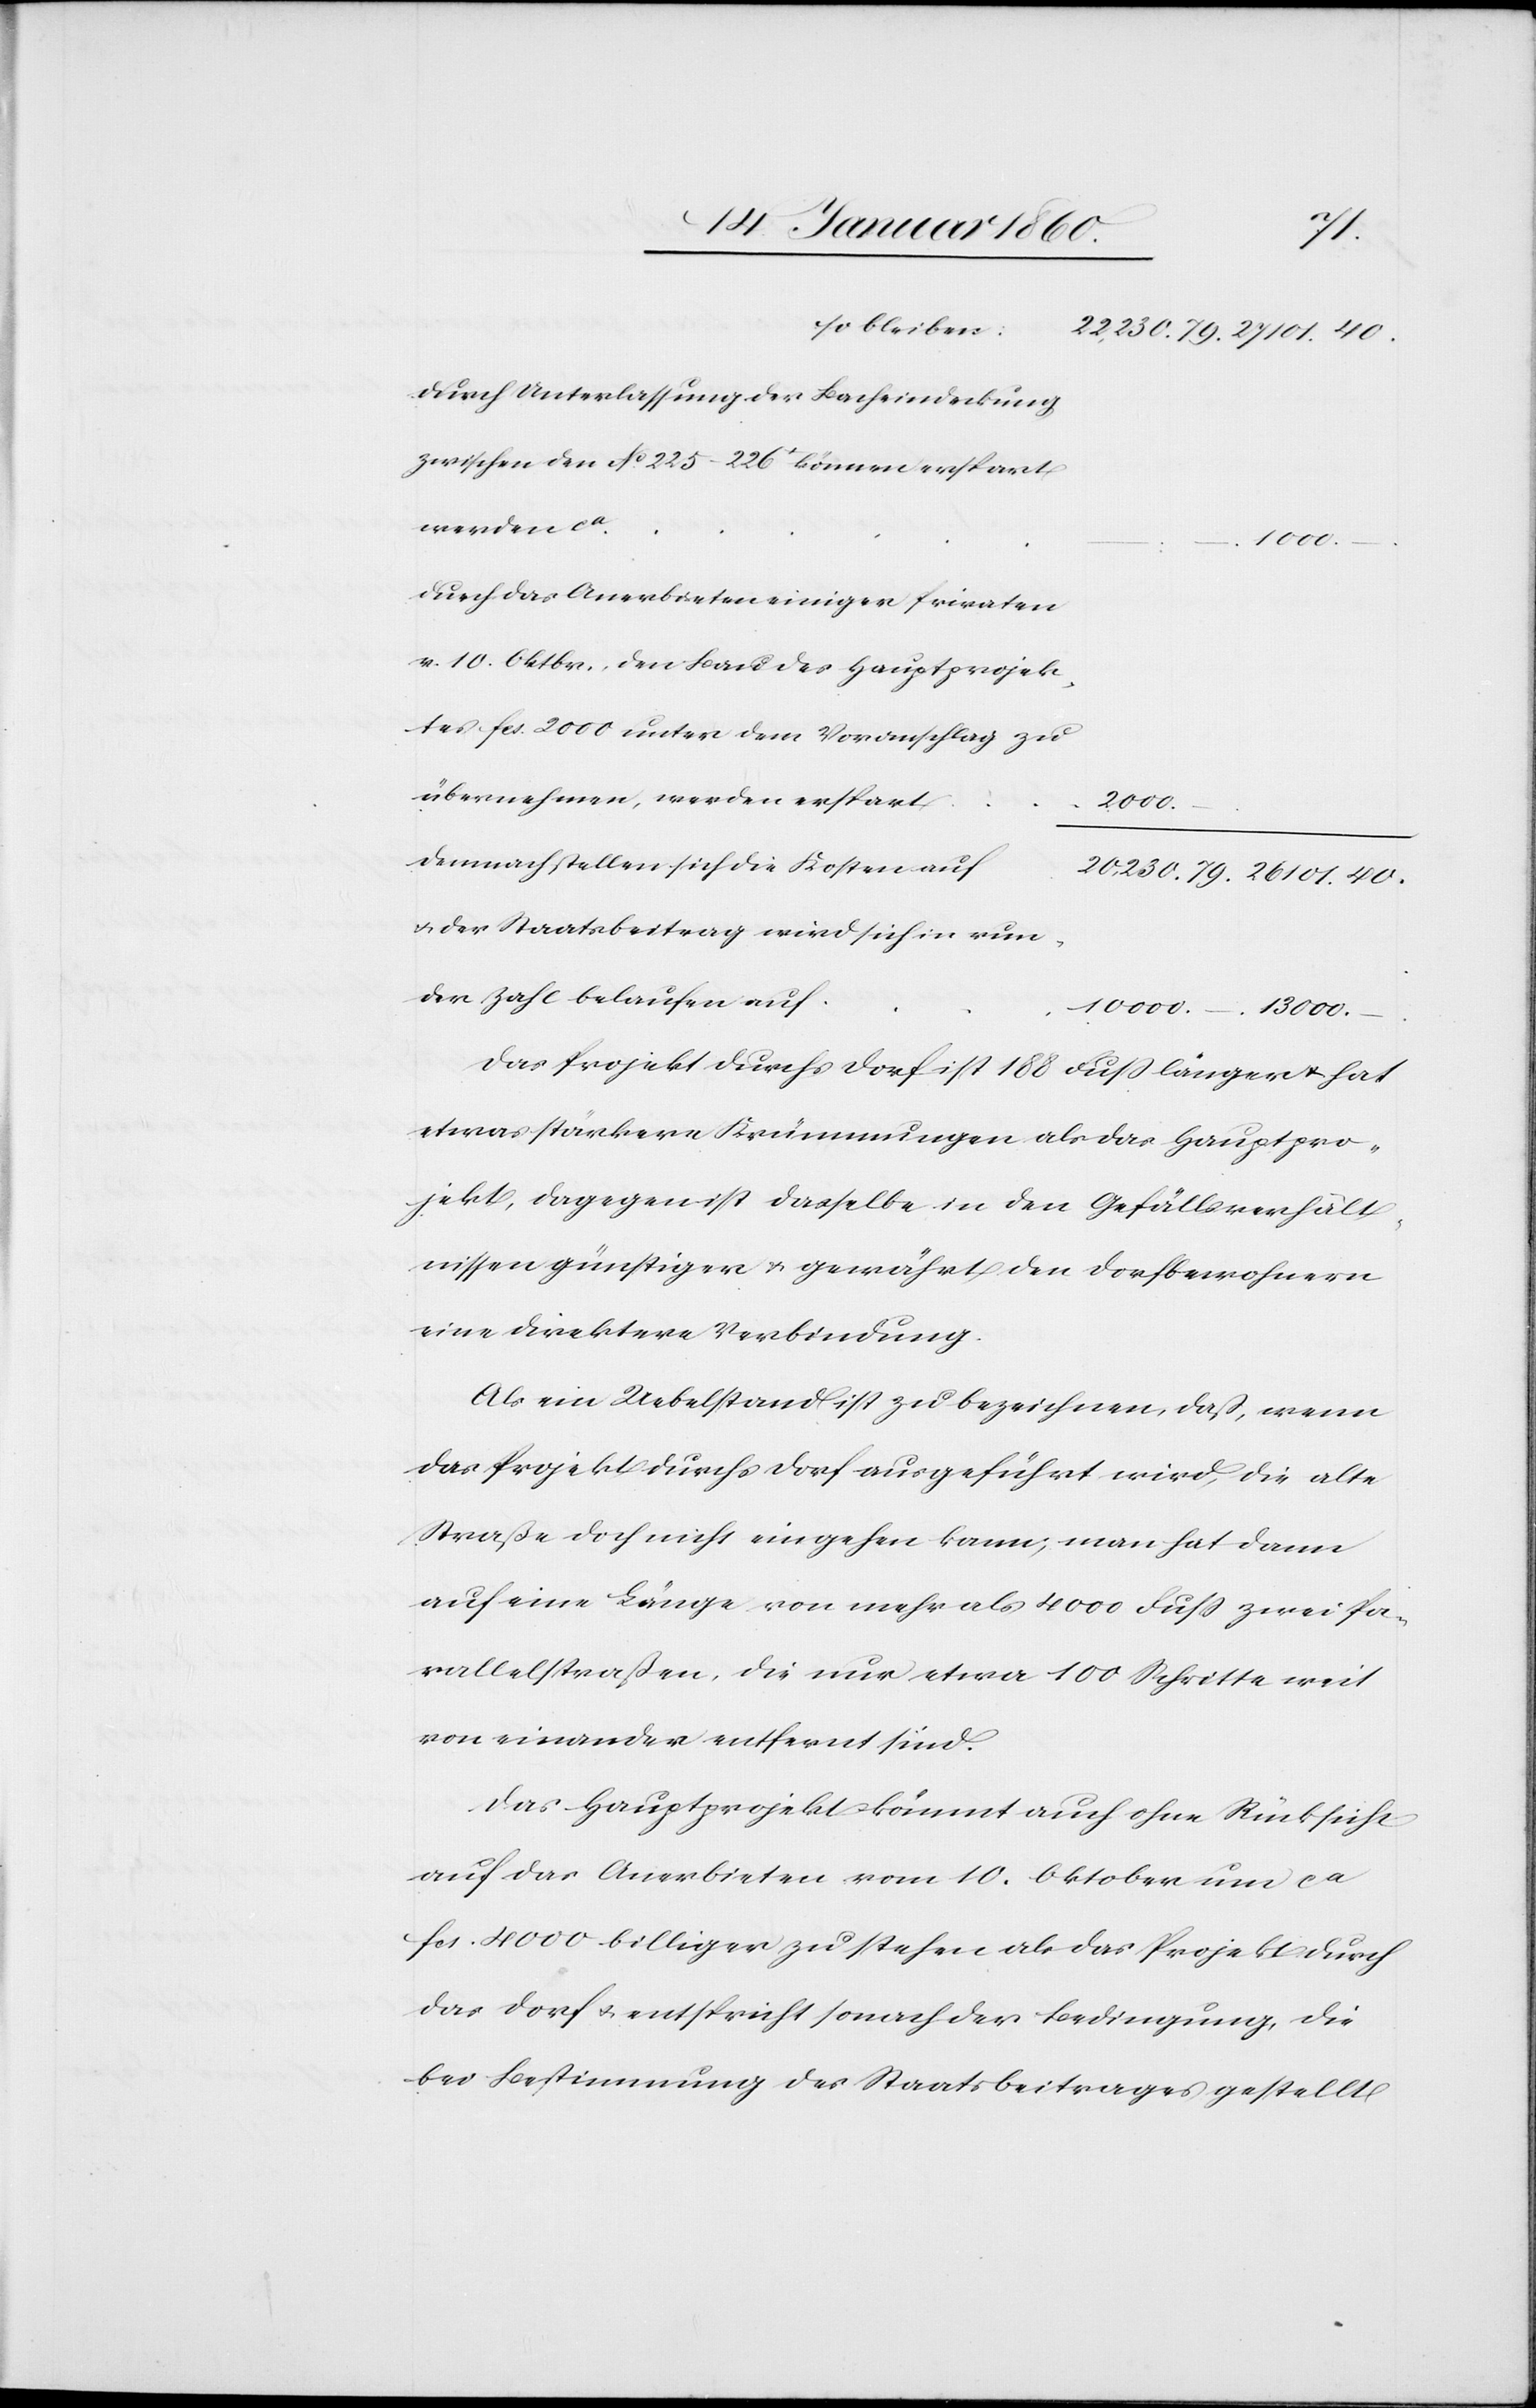
40.
so bleiben
durch Unterlassung der Bacheindeckung
zwischen den No 225–226 können erspart
werden ca
13 000.
Auch das Anerbieten einiger Privaten
v. 10. Oktbr. den Bau des Hauptprojek¬
tes fcs. 2000. unter dem Voranschlag zu
übernehmen, werden erspart
2000.
demnach stellen sich die Kosten auf
u. der Staatsbeitrag wird sich in run¬
der Zahl belaufen auf
Das Projekt durchs Dorf ist 188 Fuß länger u. hat
etwas stärkere Krümmungen als das Hauptpro¬
jekt, dagegen ist dasselbe in den Gefällsverhält¬
nissen günstiger u. gewährt den Dorfbewohnern
eine direktere Verbindung.
Als ein Uebelstand ist zu bezeichnen, daß, wenn
das Projekt durchs Dorf ausgeführt wird, die alte
Straße doch nicht eingehen kann; man hat dann
auf eine Länge von mehr als 4000 Fuß zwei Pa¬
rallelstraßen, die nur etwa 100 Schritte weit
von einander entfernt sind.
Das Hauptprojekt kömmt auch ohne Rücksicht
auf das Anerbieten vom 10. Oktober um ca
fcs. 4000 billiger zu stehen als das Projekt durch
das Dorf u. entspricht sonach der Bedingung, die
bei Bestimmung des Staatsbeitrages gestellt